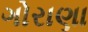
ગોરાણા